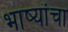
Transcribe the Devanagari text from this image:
भाष्यांचा